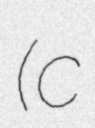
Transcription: (c